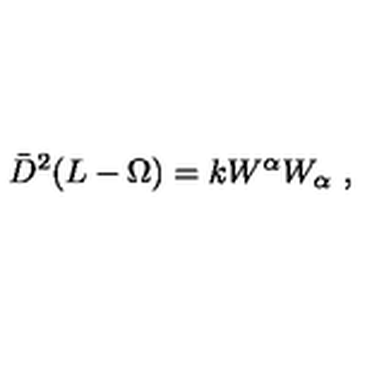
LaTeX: \bar { D } ^ { 2 } ( L - \Omega ) = k W ^ { \alpha } W _ { \alpha } \ ,